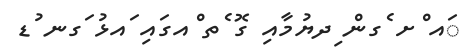
ައ ްށ ެގން ިދޔުމާއި ގޮ ެތ ްއގައި ައޅު ަގނ ުޑ